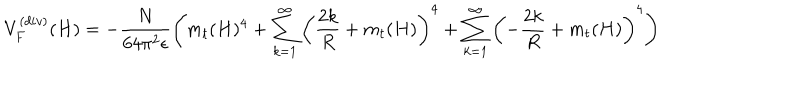
V _ { F } ^ { ( d i v ) } ( H ) = - \frac { N } { 6 4 \pi ^ { 2 } \epsilon } \left( m _ { t } ( H ) ^ { 4 } + \sum _ { k = 1 } ^ { \infty } \left( \frac { 2 k } { R } + m _ { t } ( H ) \right) ^ { 4 } + \sum _ { k = 1 } ^ { \infty } \left( - \frac { 2 k } { R } + m _ { t } ( H ) \right) ^ { 4 } \right)